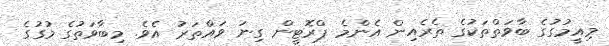
މިއީމުގުގެ ބާވަތްތަކުގެ ތެރެއިން އެންމެ ޕްރޮޓީން ގިނަ ވައްތަރު އެވެ. މިބާވަތުގެ މުގުގެ